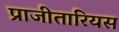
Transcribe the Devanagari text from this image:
प्राजीतारियस